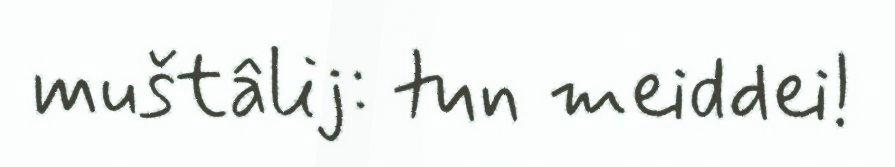
muštâlij: tun meiddei!